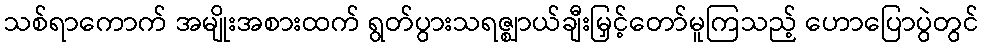
သစ်ရာကောက် အမျိုးအစားထက် ရွတ်ပွားသရဇ္ဈာယ်ချီးမြှင့်တော်မူကြသည့် ဟောပြောပွဲတွင်